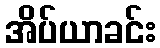
အိပ်ယာခင်း